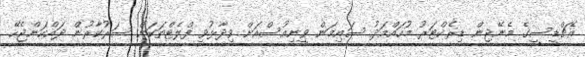
އެޗްޑީސީގެ މެނޭޖިން ޑިރެކްޓަރު މުހައްމަދު ސައިމަން ވީނިއުސްއަށް ވިދާޅުވީ ފްލެޓްތަކަށް ސަރުކާރުން ދައްކަންޖެހޭ